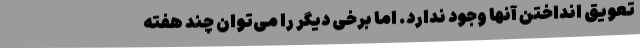
تعویق‌ انداختن آنها وجود ندارد. اما برخی دیگر را می‌توان چند هفته